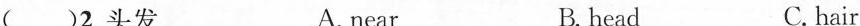
( )2. 头发 A.near B. head C. hair